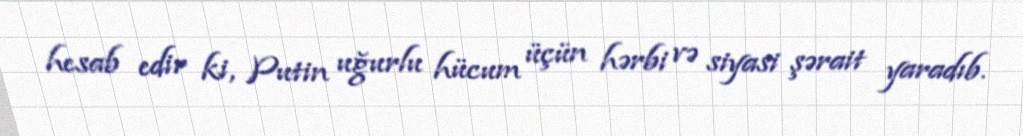
hesab edir ki, Putin uğurlu hücum üçün hərbi və siyasi şərait yaradıb.